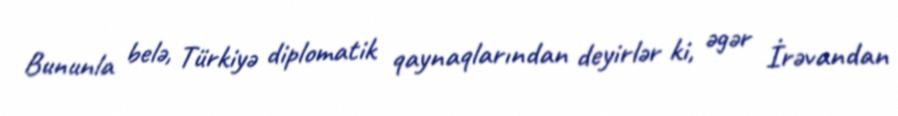
Bununla belə, Türkiyə diplomatik qaynaqlarından deyirlər ki, əgər İrəvandan